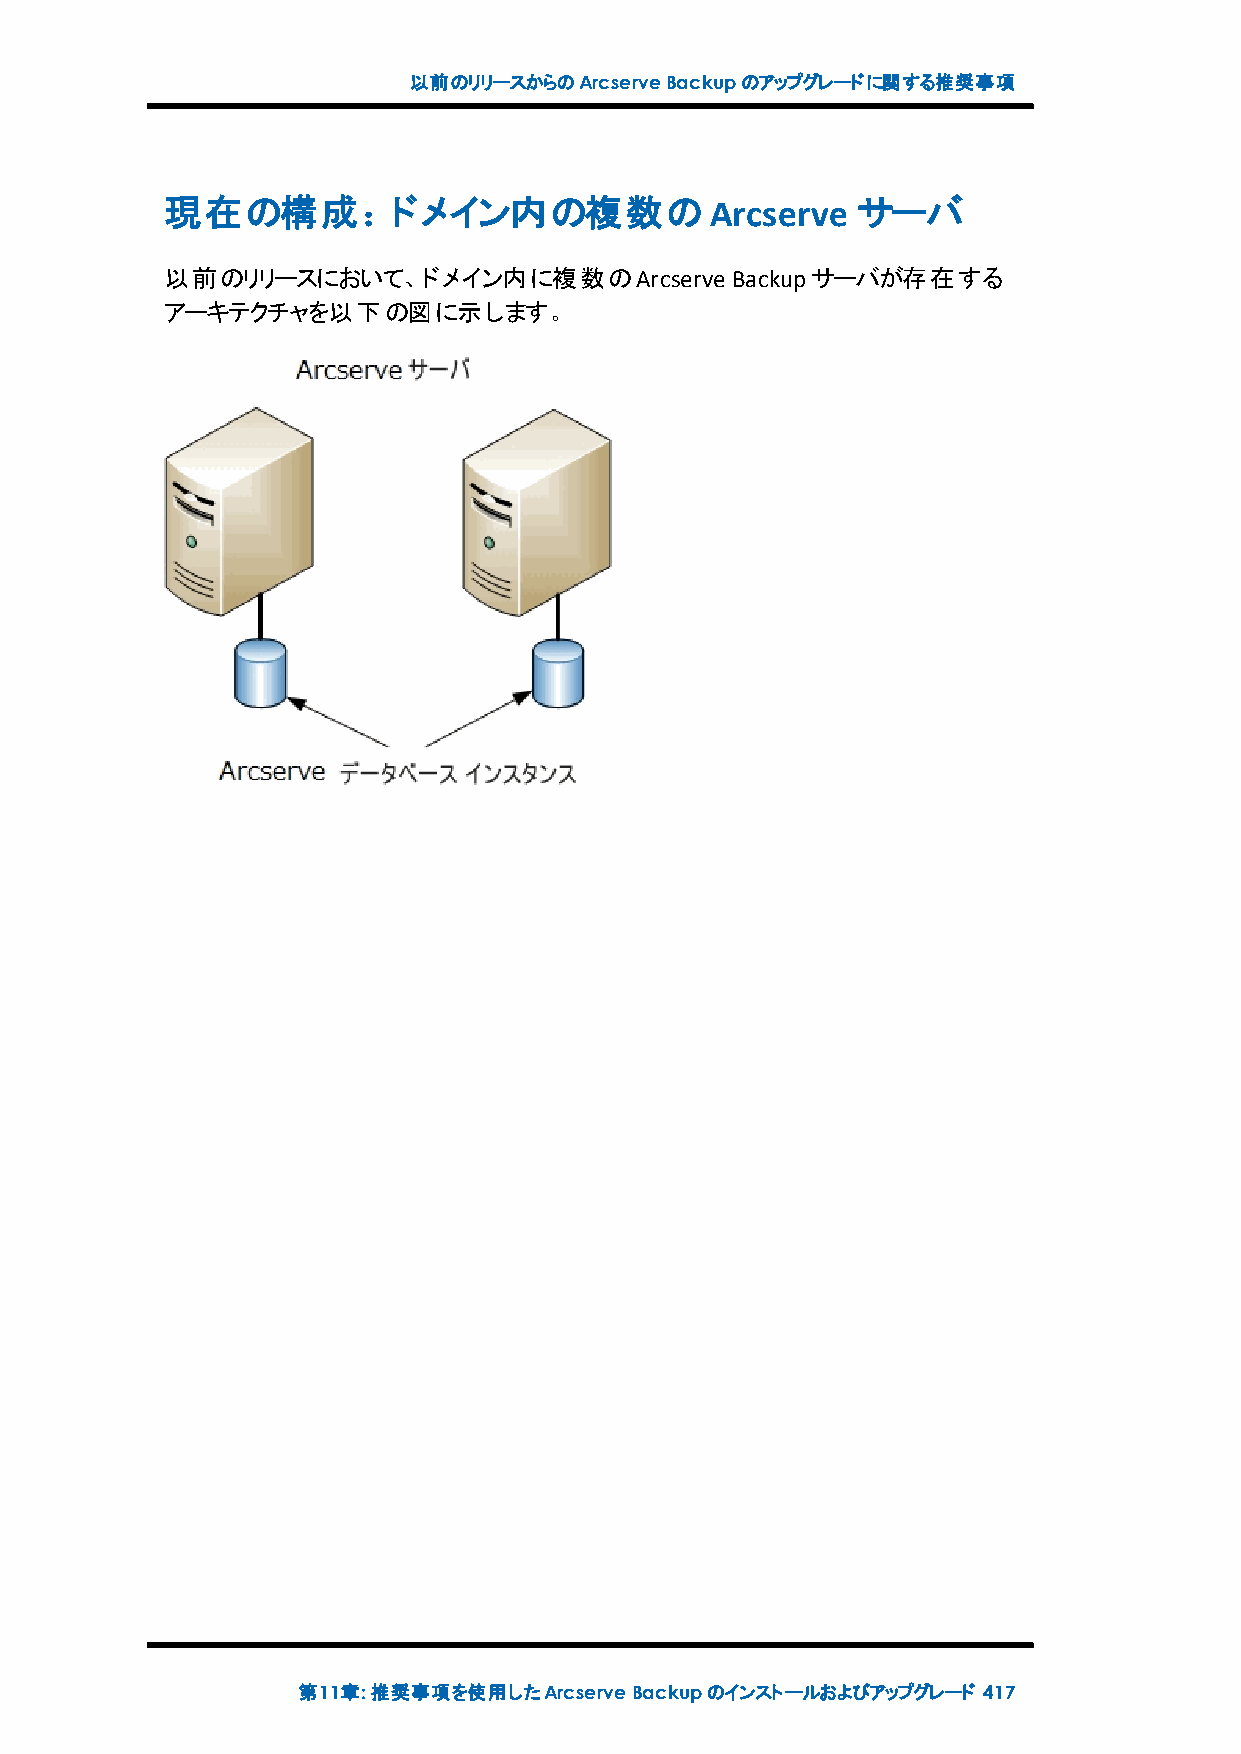
以前のリリースからのArcserveBackupのアップグレードに関する推奨事項
 現在の構成：ドメイン内の複数のArcserve                       サーバ
 以前のリリースにおいて、ドメイン内に複数のArcserve        Backupサーバが存在する
 アーキテクチャを以下の図に示します。
 第11章:推奨事項を使用したArcserveBackupのインストールおよびアップグレード 417